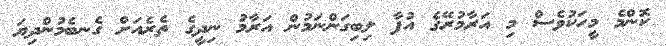
ކޮންމެ މީހަކުވެސް މި އަރާމުރޭގެ އުފާ ލިބިގަންނަމުން އަރާމު ނިދީގެ ތެރެއަށް ގެނބެމުންދިޔަ